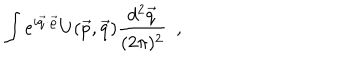
LaTeX: \int e ^ { i \vec { q } \cdot \vec { \varrho } } U ( \vec { p } , \vec { q } ) \frac { d ^ { 2 } \vec { q } } { ( 2 \pi ) ^ { 2 } } ~ ~ ,